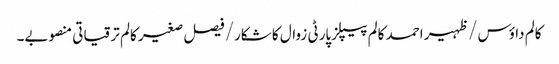
کالم	داؤس /ظہیر احمد	کالم	پیپلزپارٹی زوال کا شکار/فیصل صغیر کالم	ترقیاتی منصوبے۔